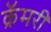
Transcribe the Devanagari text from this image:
क्रॅमरी